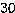
30